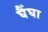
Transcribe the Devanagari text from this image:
घैंघा